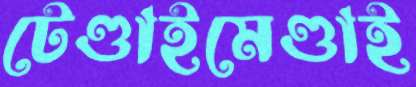
টেণ্ডাইমেণ্ডাই